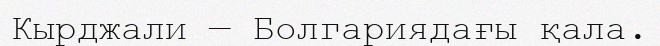
Кырджали — Болгариядағы қала.